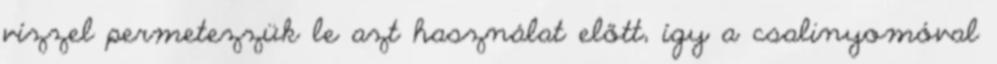
vízzel permetezzük le azt használat előtt, így a csalinyomóval